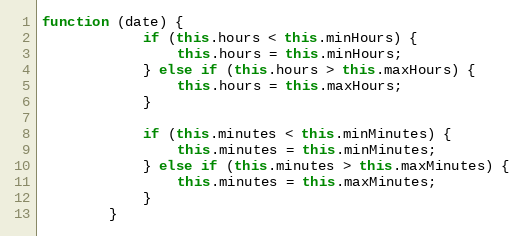
Language: JavaScript
function (date) {
            if (this.hours < this.minHours) {
                this.hours = this.minHours;
            } else if (this.hours > this.maxHours) {
                this.hours = this.maxHours;
            }

            if (this.minutes < this.minMinutes) {
                this.minutes = this.minMinutes;
            } else if (this.minutes > this.maxMinutes) {
                this.minutes = this.maxMinutes;
            }
        }